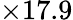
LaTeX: \times 17.9